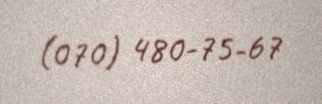
(070) 480-75-67